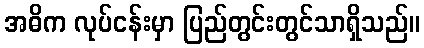
အဓိက လုပ်ငန်းမှာ ပြည်တွင်းတွင်သာရှိသည်။